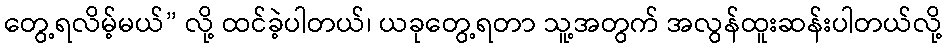
တွေ့ရလိမ့်မယ်” လို့ ထင်ခဲ့ပါတယ်၊ ယခုတွေ့ရတာ သူ့အတွက် အလွန်ထူးဆန်းပါတယ်လို့